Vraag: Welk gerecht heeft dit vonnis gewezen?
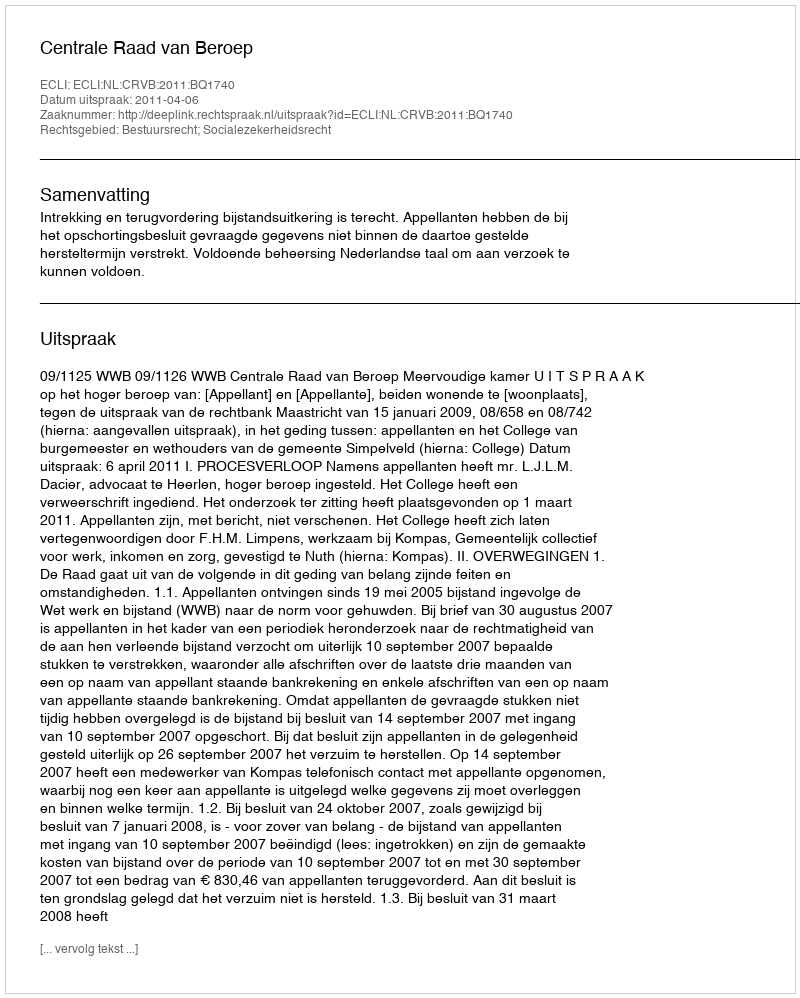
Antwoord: Centrale Raad van Beroep